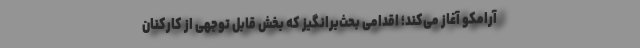
آرامکو آغاز می‌کند؛ اقدامی بحث‌برانگیز که بخش قابل توجهی از کارکنان